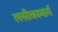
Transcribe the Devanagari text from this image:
लसीकामार्ग